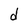
Character: d